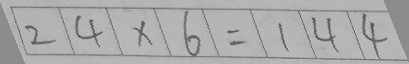
2 4 \times 6 = 1 4 4